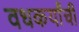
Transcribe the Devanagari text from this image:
वधकर्यांची